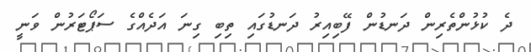
ދެ ކުޅުންތެރިން ދަނޑުން ފޭބިއިރު ދަނޑުގައި ތިބި ގިނަ އަދެއްގެ ސަޕޯޓަރުން ވަނީ